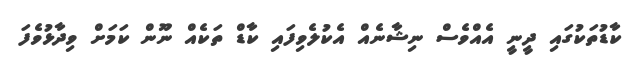
ކާޑުތަކުގައި ދީނީ އެއްވެސް ނިޝާނެއް އެކުލެވިފައި ކާޑް ތަކެއް ނޫން ކަމަށް ވިދާޅުވެފަ